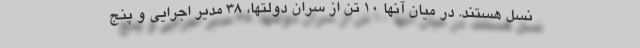
نسل هستند. در میان آنها ۱۰ تن از سران دولتها، ۳۸ مدیر اجرایی و پنج